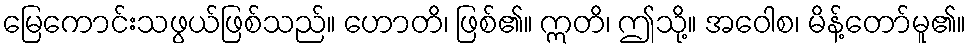
မြေကောင်းသဖွယ်ဖြစ်သည်။ ဟောတိ၊ ဖြစ်၏။ ဣတိ၊ ဤသို့။ အဝေါစ၊ မိန့်တော်မူ၏။